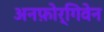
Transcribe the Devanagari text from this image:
अनफ़ोर्गिवेन